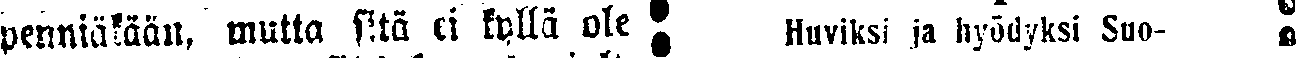
penniäkään, mutta sitä ei kyllä ole # Huviksi ja hyödyksi Suo- #